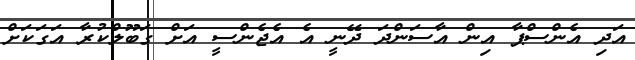
އަދި އެންސްޕާ އިން އާސަންދަ ދޭނީ އެ އެޖެންސީ އަށް ގަބޫލްކުރާ އަގަކަށް